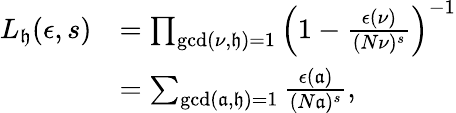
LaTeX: \begin{array}{rl}{L_{\mathfrak h}(\epsilon,s)}&{=\prod_{\operatorname*{gcd}(\nu,\mathfrak h)=1}\left(1-\frac{\epsilon(\nu)}{(N\nu)^{s}}\right)^{-1}}\\ &{=\sum_{\operatorname*{gcd}(\mathfrak a,\mathfrak h)=1}\frac{\epsilon(\mathfrak a)}{(N\mathfrak a)^{s}},}\end{array}